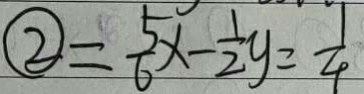
\textcircled { 2 } = \frac { 5 } { 6 } x - \frac { 1 } { 2 } y = \frac { 1 } { 4 }